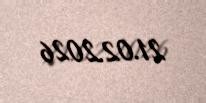
21.02.2026